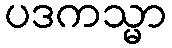
ပဒကသ္မာ